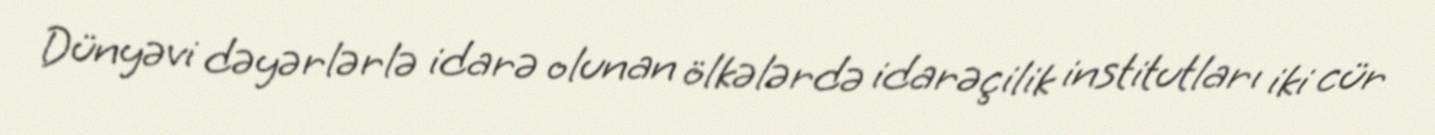
Dünyəvi dəyərlərlə idarə olunan ölkələrdə idarəçilik institutları iki cür